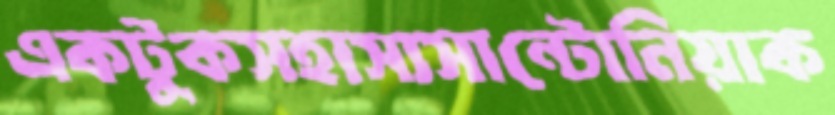
একটুকসহাস্যসান্টোনিয়াক